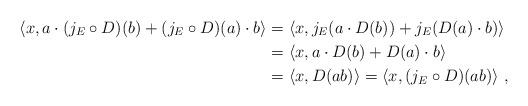
LaTeX: \begin{align*}\langle x , a \cdot (j_{E} \circ D ) (b) + (j_{E} \circ D ) (a) \cdot b \rangle &= \langle x , j_{E}( a \cdot D (b) ) + j_{E} ( D (a) \cdot b ) \rangle \\&= \langle x , a \cdot D (b) + D (a) \cdot b \rangle \\&= \langle x , D (a b) \rangle = \langle x , ( j_{E} \circ D ) (a b) \rangle \ ,\end{align*}